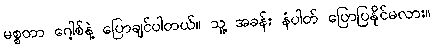
မစ္စတာ ဂေါ့စ်နဲ့ ပြောချင်ပါတယ်။ သူ့ အခန်း နံပါတ် ပြောပြနိုင်မလား။